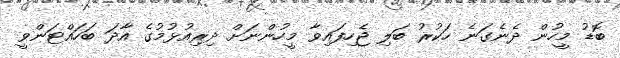
ބޮޑު މީހުން ދެނެގަނެ ހަކުރު ބަލި ޖެހިފައިވާ މީހުންނަށް ދިރިއުޅުމުގެ އާދަ ބަހައްޓަންވީ